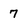
Character: 7